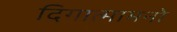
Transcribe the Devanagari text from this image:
दिगात्मामनो